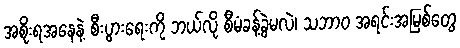
အစိုးရအနေနဲ့ စီးပွားရေးကို ဘယ်လို စီမံခန့်ခွဲမလဲ၊ သဘာ၀ အရင်းအမြစ်တွေ